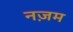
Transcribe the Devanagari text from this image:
नज़म